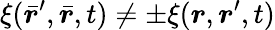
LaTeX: \xi(\bar{\boldsymbol{r}}^{\prime},\bar{\boldsymbol{r}},t)\neq\pm\xi(\boldsymbol{r},\boldsymbol{r}^{\prime},t)